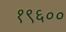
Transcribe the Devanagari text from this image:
१९६००